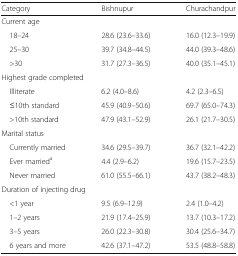
| Category | Bishnupur | Churachandpur |
 | --- | --- | --- |
 | <COLSPAN=3> Current age |
 | 18–24 | 28.6 (23.6–33.6) | 16.0 (12.3–19.9) |
 | 25–30 | 39.7 (34.8–44.5) | 44.0 (39.3–48.6) |
 | >30 | 31.7 (27.3–36.5) | 40.0 (35.1–45.1) |
 | <COLSPAN=3> Highest grade completed |
 | Illiterate | 6.2 (4.0–8.6) | 4.2 (2.3–6.5) |
 | ≤10th standard | 45.9 (40.9–50.6) | 69.7 (65.0–74.3) |
 | >10th standard | 47.9 (43.1–52.9) | 26.1 (21.7–30.5) |
 | <COLSPAN=3> Marital status |
 | Currently married | 34.6 (29.5–39.7) | 36.7 (32.1–42.2) |
 | Ever marrieda | 4.4 (2.9–6.2) | 19.6 (15.7–23.5) |
 | Never married | 61.0 (55.5–66.1) | 43.7 (38.2–48.3) |
 | <COLSPAN=3> Duration of injecting drug |
 | <1 year | 9.5 (6.9–12.9) | 2.4 (1.0–4.2) |
 | 1–2 years | 21.9 (17.4–25.9) | 13.7 (10.3–17.2) |
 | 3–5 years | 26.0 (22.3–30.8) | 30.4 (25.6–34.7) |
 | 6 years and more | 42.6 (37.1–47.2) | 53.5 (48.8–58.8) |